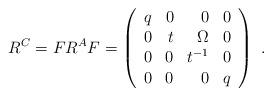
LaTeX: \begin{align*}R^C=FR^AF=\left(\begin{array}{rrrr}q & 0 & 0 & 0\\0 & t & \Omega & 0\\0 & 0 & t^{-1} & 0\\0 & 0 & 0 & q\end{array}\right)\ .\end{align*}